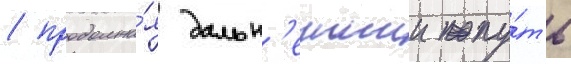
/ продолжа́я дальн'еишии пу́ть